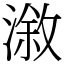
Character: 漵